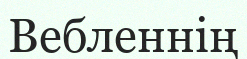
Вебленнің